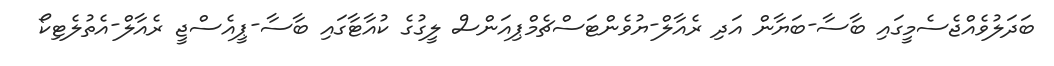
ބަދަލުވެއްޖެސެމީގައި ބާސާ-ބަޔާން އަދި ރެއާލް-ޔުވެންޓަސްޗެމްޕިއަންސް ލީގުގެ ކުއާޓާގައި ބާސާ-ޕީއެސްޖީ ރެއާލް-އެތުލެޓިކޯ